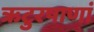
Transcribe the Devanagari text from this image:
ऋटुरषाणां